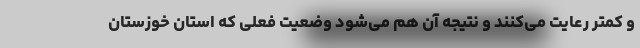
و کمتر رعایت می‌کنند و نتیجه آن هم می‌شود وضعیت فعلی که استان خوزستان